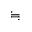
\fallingdotseq